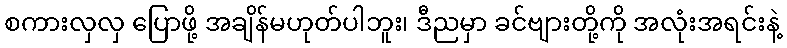
စကားလှလှ ပြောဖို့ အချိန်မဟုတ်ပါဘူး၊ ဒီညမှာ ခင်ဗျားတို့ကို အလုံးအရင်းနဲ့